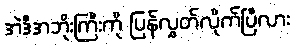
အဲဒီအဘိုးကြီးကို ပြန်လွှတ်လိုက်ပြီလား